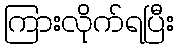
ကြားလိုက်ရပြီး